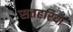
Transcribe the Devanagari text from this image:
सतहरिया